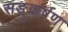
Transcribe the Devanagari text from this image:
सङ्कर्षण